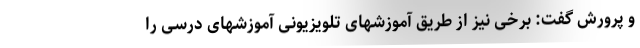
و پرورش گفت: برخی نیز از طریق آموزشهای تلویزیونی آموزشهای درسی را